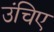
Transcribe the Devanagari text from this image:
उंचिए